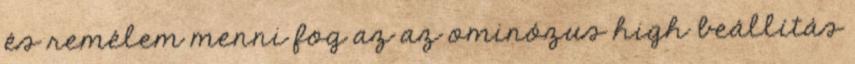
és remélem menni fog az az ominózus high beállítás